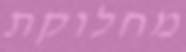
מחלוקת